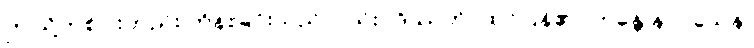
ဤသို့တစ်ပါးတည်း ကိန်းခြင်းသည်လည်း။ ဒိဿတိ၊ ထင်ပြန်၏။ ဘန္တေ နာဂသေန၊